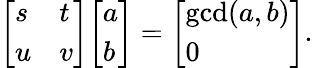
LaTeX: {\left[\begin{array}{ll}{s}&{t}\\ {u}&{v}\end{array}\right]}{\left[\begin{array}{l}{a}\\ {b}\end{array}\right]}={\left[\begin{array}{l}{\operatorname*{gcd}(a,b)}\\ {0}\end{array}\right]}.